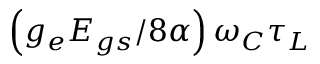
\left( g _ { e } E _ { g s } / 8 \alpha \right) \omega _ { C } \tau _ { L }